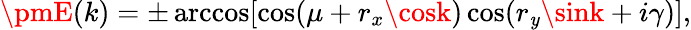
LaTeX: \pmE(k)=\pm\operatorname{arccos}[\cos(\mu+r_{x}\cosk)\cos(r_{\mathit{y}}\sink+i\gamma)],